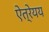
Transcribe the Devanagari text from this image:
ऐत्रेयय